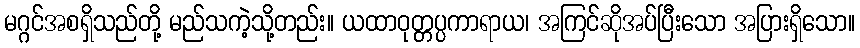
မဂ္ဂင်အစရှိသည်တို့ မည်သကဲ့သို့တည်း။ ယထာဝုတ္တပ္ပကာရာယ၊ အကြင်ဆိုအပ်ပြီးသော အပြားရှိသော။